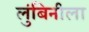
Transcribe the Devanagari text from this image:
लुंबिनीला